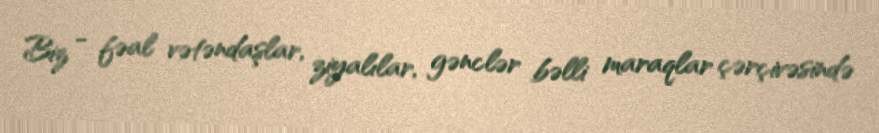
Biz - fəal vətəndaşlar, ziyalılar, gənclər bəlli maraqlar çərçivəsində